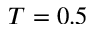
T = 0 . 5